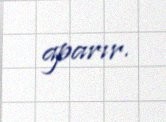
aparır.